[Report on the health of British troops in the Madras command]
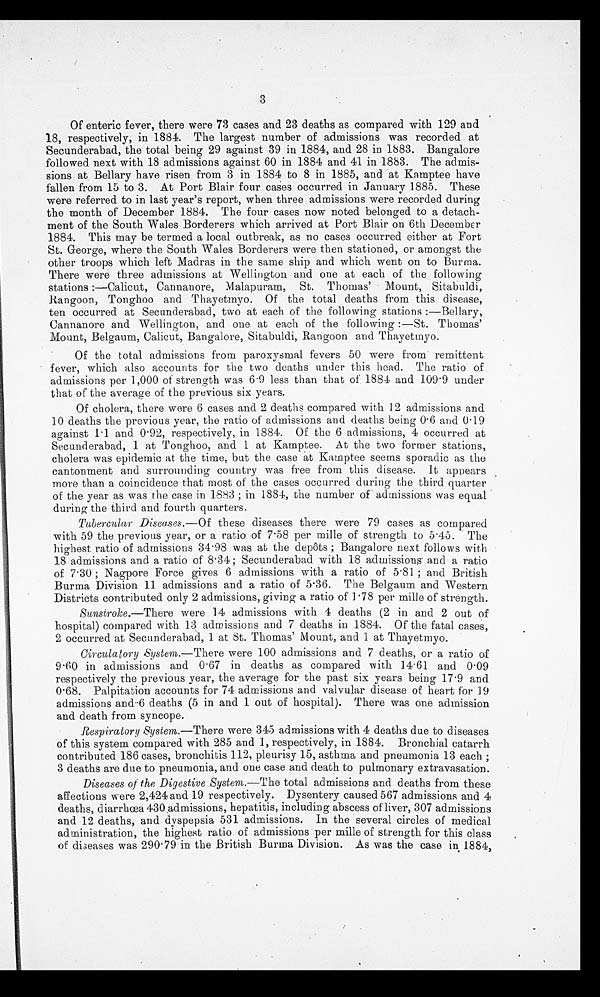
.3
Of enteric fever, there were 73 cases and 23 deaths as compared with 129 and
18, respectively, in 1884. The largest number of admissions was recorded at
Secunderabad, the total being 29 against 39 in 1884, and 28 in 1883. Bangalore
followed next with 18 admissions against 60 in 1884 and 41 in 1883. The admis
fallen from 15 to 3. At Port Blair four cases occurred in January 1885. These
were referred to in last year's report, when three admissions were recorded during
the month of December 1884. The four cases now noted belonged to a detach
1884. This may be termed a local outbreak, as no cases occurred either at Fort
St. George, where the South Wales Borderers were then stationed, or amongst the
other troops which left Madras in the same ship and which went on to Burma.
There were three admissions at Wellington and one at each of the following
stations:—Calicut, Cannanore, Malapuram, St. Thomas' Mount, Sitabuldi,
Rangoon, Tonghoo and .Thayetmyo. Of the total deaths from this disease,
ten occurred at Secunderabad, two at each of the following stations:—Bellary,
Cannanore and Wellington, and one at each of the following:—St. Thomas'
Mount, Belgaum, Calicut, Bangalore, Sitabuldi, Rangoon and Thayetmyo.
Of the total admissions from paroxysmal fevers 50 were from remittent
fever, which also accounts for the two deaths under this head. The ratio of
admissions per 1,000 of strength was 6.9 less than that of 1884 and 109.9 under
that of the average of the previous six years.
Of cholera, there were 6 cases and 2 deaths compared with admissions and
10 deaths the previous year, the ratio of admissions and deaths being 0.6 and 0.19
against 1.1 and 0.92, respectively, in 1884. Of the 6 admissions, 4 occurred at
Secunderabad, 1 at Tonghoo, and 1 at Kamptee. At the two former stations,
cholera was epidemic at the time, but the case at Kamptee seems sporadic as the
cantonment and surrounding country was free from this disease. It appears
more than a coincidence that most of the cases occurred during the third quarter
of the year as was the case in 1883; in 1884, the number of admissions was equal
during the third and fourth quarters.
Tubercular Diseases. —Of these diseases there were 79 cases as compared
with 59 the previous year, or a ratio of 7.58 per mille of strength to 5.45. The
highest ratio of admissions 34.98 was at the depôts; Bangalore next follows with
18 admissions and a ratio of 8.34; Secunderabad with 18 admissions and a ratio
of 7.30; Nagpore Force gives 6 admissions with a ratio of 5.81; and British
Burma Division 11 admissions and a ratio of 5.36. The Belgaum and Western
Districts contributed only 2 admissions, giving a ratio of 1.78 per mile of strength.
Sunstroke .—There were 14 admissions with 4 deaths (2 in and 2 out of
hospital) compared with 13 admissions and 7 deaths in 1884. Of the fatal cases,
2 occurred at Secunderabad, 1 at St. Thomas' Mount, and 1 at Thayetmyo.
Circulatory Systems —There were 100 admissions and 7 deaths, or a ratio of
9.60 in admissions and 0.67 in deaths as compared with 14.61 and 0.09
respectively the previous year, the average for the past six years being 17.9 and
0.68. Palpitation accounts for 74 admissions and valvular disease of heart for 19
admissions and 6 deaths (5 in and 1 out of hospital). There was one admission
and death from syncope.
Respiratory System. —There were 345 admissions with 4 deaths due to diseases
of this system compared with 285 and 1, respectively, in 1884. Bronchial catarrh
contributed 186 cases, bronchitis 112, pleurisy 15, asthma and pneumonia 13 each;
3 deaths are due to pneumonia, and one case and death to pulmonary extravasation.
Diseases of the Digestive System. —The total admissions and deaths from these
affections were 2,424 and 19 respectively. Dysentery caused 567 admissions and 4
deaths, diarrhœa 430, admissions, hepatitis, including abscess of liver, 307 admissions
and 12 deaths, and dyspepsia 531 admissions. In the several circles of medical
administration, the highest ratio of admissions per mille of strength for this class
of diseases was 290.79 in the British Burma Division. As was the case in 1884,